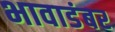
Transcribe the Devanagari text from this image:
भावाडंबर